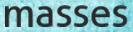
masses